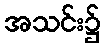
အသင်း၌